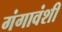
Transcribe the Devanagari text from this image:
गंगावंशी